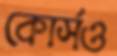
কোর্সও